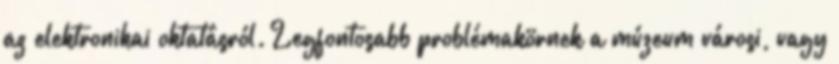
az elektronikai oktatásról. Legfontosabb problémakörnek a múzeum városi, vagy